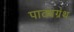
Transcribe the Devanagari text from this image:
पाठ्यग्रंथ